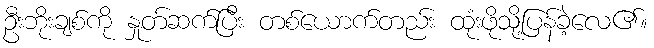
ဦးဘိုးချစ်ကို နှုတ်ဆက်ပြီး တစ်ယောက်တည်း ထုံးဖိုသို့ပြန်ခဲ့လေ၏။